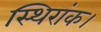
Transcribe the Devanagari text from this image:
स्थिरांक।